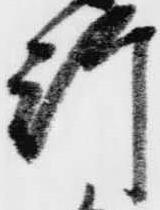
行